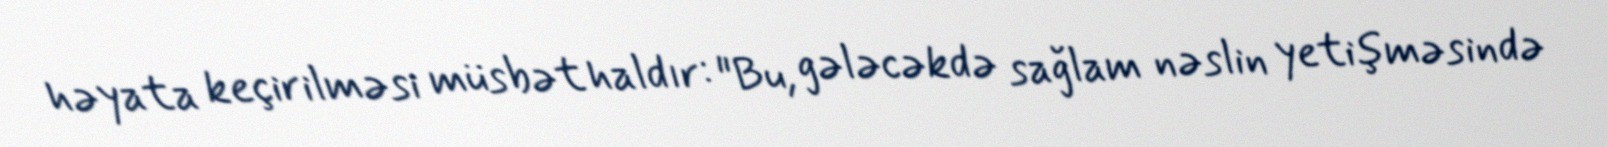
həyata keçirilməsi müsbət haldır: "Bu, gələcəkdə sağlam nəslin yetişməsində